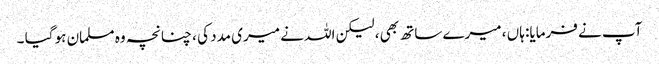
آپ نے فرمایا: ہاں ، میرے ساتھ بھی ، لیکن اللہ نے میری مدد کی ، چنانچہ وہ مسلمان ہو گیا ۔